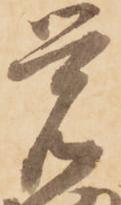
覚